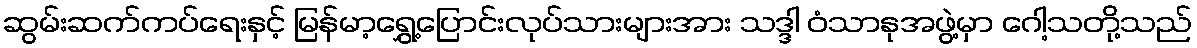
ဆွမ်းဆက်ကပ်ရေးနှင့် မြန်မာ့ရွှေ့ပြောင်းလုပ်သားများအား သဒ္ဒါ ဝံသာနုအဖွဲ့မှာ ဂေါ့သတို့သည်